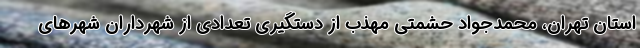
استان تهران، محمدجواد حشمتی مهذب از دستگیری تعدادی از شهرداران شهرهای